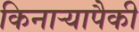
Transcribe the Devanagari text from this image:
किनाऱ्यापैकी